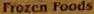
Frozen Foods